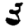
Digit: 3